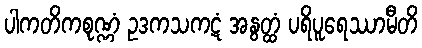
ပါကတိကစုဏ္ဏံ ဥဒကသကဋံ အနွတ္ထံ ပရိပူရေဿာမီတိ